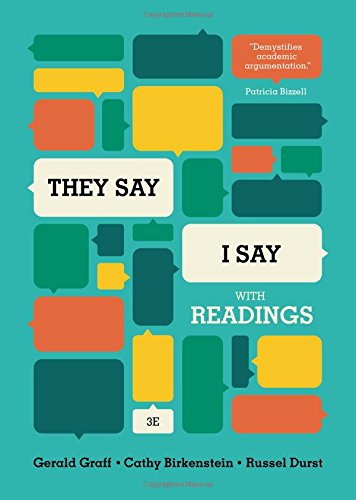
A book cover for "They Say / I Say": The Moves That Matter in Academic Writing, with Readings (Third Edition); Gerald Graff; Reference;